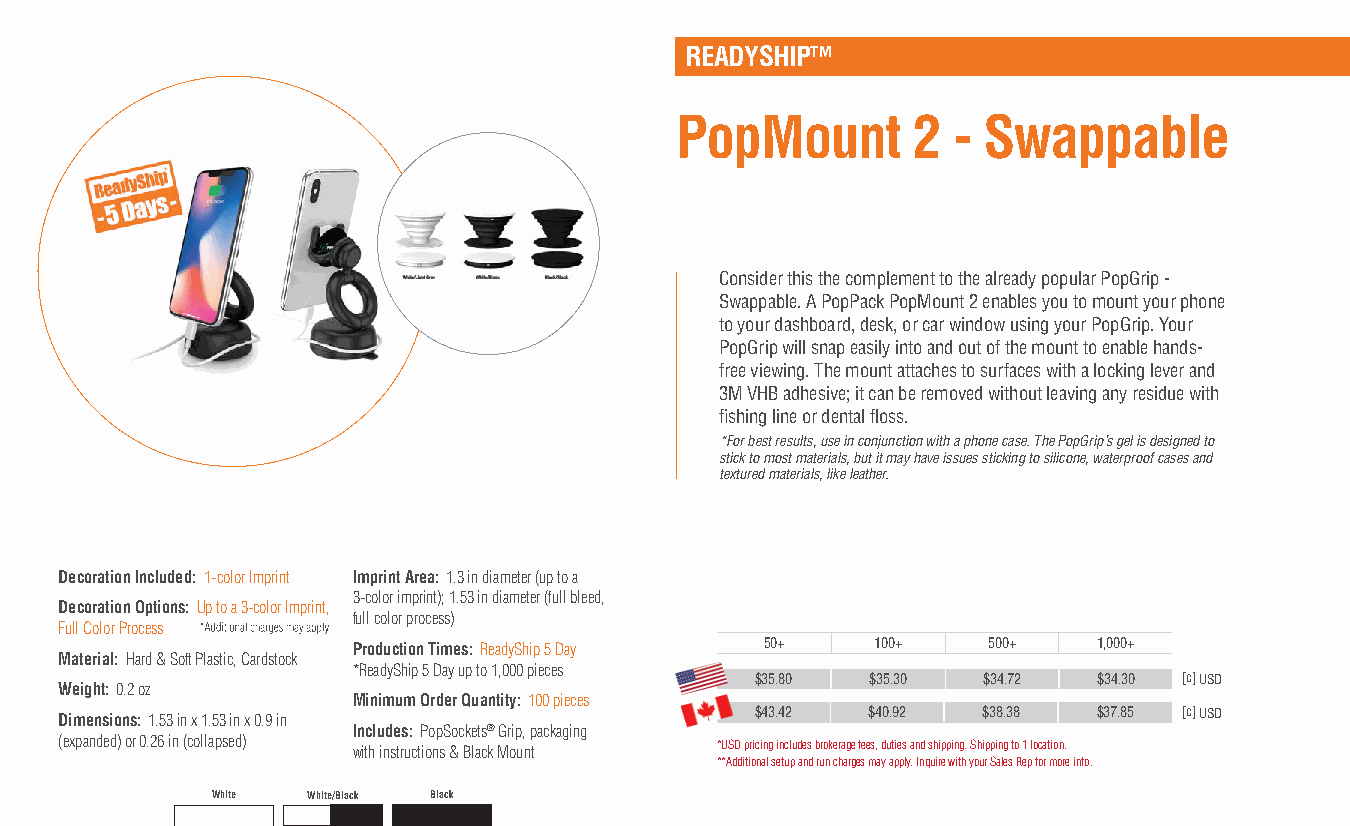
READYSHIP™
 PopMount       2  - Swappable
 Consider this the complement to the already popular PopGrip -
 Swappable. A PopPack PopMount 2 enables you to mount your phone
 to your dashboard, desk, or car window using your PopGrip. Your
 PopGrip will snap easily into and out of the mount to enable hands-
 free viewing. The mount attaches to surfaces with a locking lever and
 3M VHB adhesive; it can be removed without leaving any residue with
 fishing line or dental floss.
 *For best results, use in conjunction with a phone case. The PopGrip’s gel is designed to
 stick to most materials, but it may have issues sticking to silicone, waterproof cases and
 textured materials, like leather.
 Decoration Included: 1-color Imprint Imprint Area: 1.3 in diameter (up to a
 3-color imprint); 1.53 in diameter (full bleed,
 Decoration Options: Up to a 3-color Imprint,
 full color process)
 Full Color Process
 Production Times: ReadyShip 5 Day 50+ 100+ 500+   1,000+
 Material: Hard & Soft Plastic, Cardstock
 *ReadyShip 5 Day up to 1,000 pieces
 $35.80  $35.30 $34.72  $34.30 [c] USD
 Weight: 0.2 oz
 Minimum Order Quantity: 100 pieces
 Dimensions: 1.53 in x 1.53 in x 0.9 in        $43.42 $40.92  $38.38  $37.85 [c] USD
 Includes: PopSockets® Grip, packaging
 (expanded) or 0.26 in (collapsed) with instructions & Black Mount *USD pricing includes brokerage fees, duties and shipping. Shipping to 1 location.
 **Additional setup and run charges may apply. Inquire with your Sales Rep for more info.
 White White/Black Black